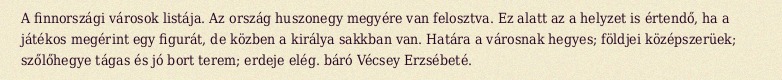
A finnországi városok listája. Az ország huszonegy megyére van felosztva. Ez alatt az a helyzet is értendő, ha a játékos megérint egy figurát, de közben a királya sakkban van. Határa a városnak hegyes; földjei középszerüek; szőlőhegye tágas és jó bort terem; erdeje elég. báró Vécsey Erzsébeté.